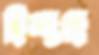
হিন্দুত্বে